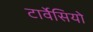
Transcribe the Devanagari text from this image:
टार्वेसियो